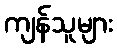
ကျန်သူများ